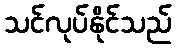
သင်လုပ်နိုင်သည်